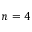
n = 4